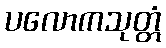
ပလောကသုတ္တံ